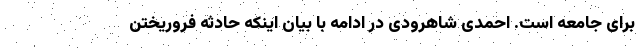
برای جامعه است. احمدی شاهرودی در ادامه با بیان اینکه حادثه فروریختن